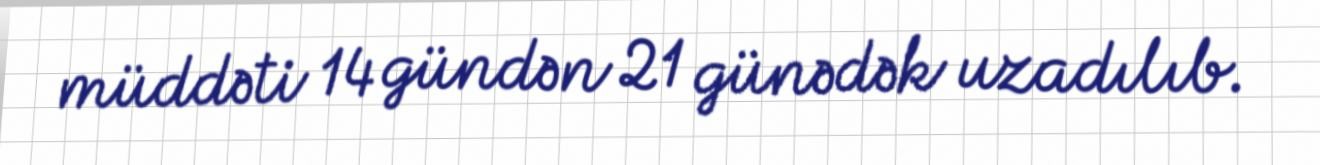
müddəti 14 gündən 21 günədək uzadılıb.